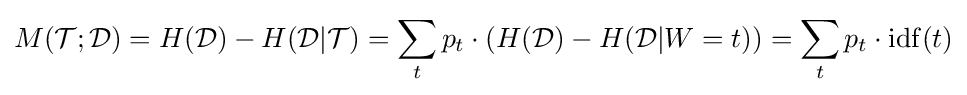
M({\cal {T}};{\cal {D}})=H({\cal {D}})-H({\cal {D}}|{\cal {T}})=\sum _{t}p_{t}\cdot (H({\cal {D}})-H({\cal {D}}|W=t))=\sum _{t}p_{t}\cdot \mathrm {idf} (t)